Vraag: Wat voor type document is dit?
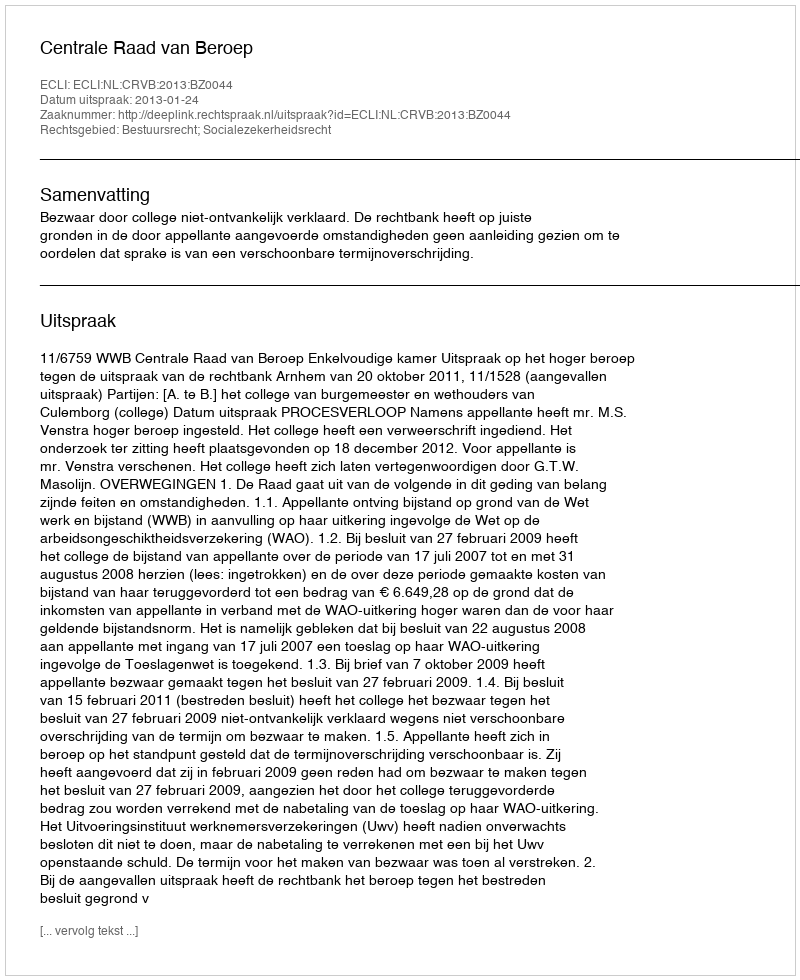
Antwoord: Uitspraak